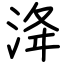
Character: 洚